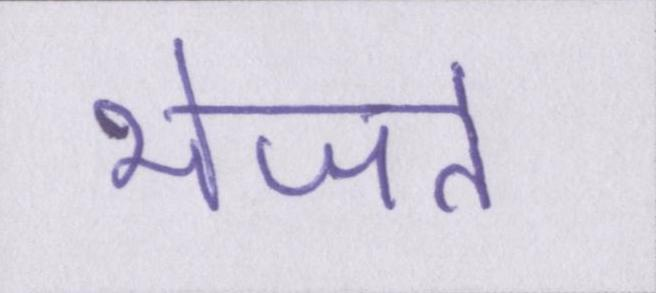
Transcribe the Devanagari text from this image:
भेजते